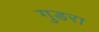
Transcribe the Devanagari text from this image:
गुडरा